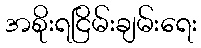
အစိုးရငြိမ်းချမ်းရေး